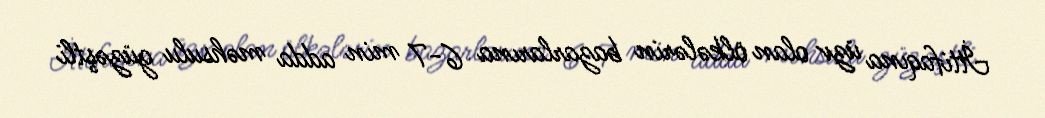
İttifaqına üzv olan ölkələrin bazarlarına 6-7 min adda məhsulu güzəştli